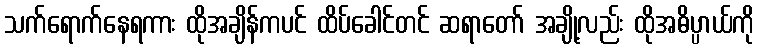
သက်ရောက်နေရကား ထိုအချိန်ကပင် ထိပ်ခေါင်တင် ဆရာတော် အချို့လည်း ထိုအဓိပ္ပာယ်ကို